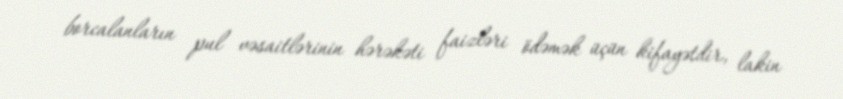
borcalanların pul vəsaitlərinin hərəkəti faizləri ödəmək üçün kifayətdir, lakin